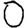
Digit: 0